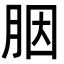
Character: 胭